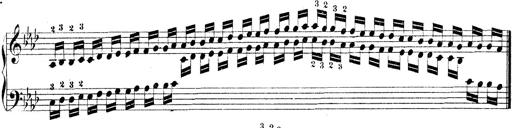
Title: Technische Studien
Composer: Franz Liszt